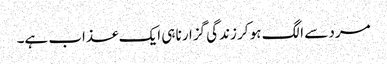
مرد سے الگ ہو کر زندگی گزارنا ہی ایک عذاب ہے۔